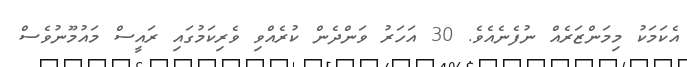
އެކަމަކު މިމަންޒަރެއް ނުފެނެއެވެ. 30 އަހަރު ވަންދެން ކުރެއްވި ވެރިކަމުގައި ރައީސް މައުމޫނުވެސް